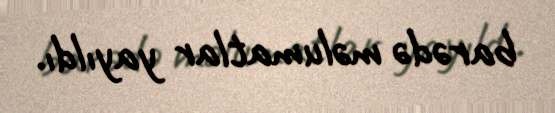
barədə məlumatlar yayıldı.